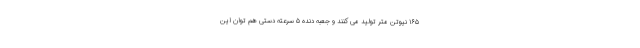
۱۶۵ نیوتن متر تولید می کنند و جعبه دنده ۵ سرعته دستی هم توان این